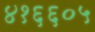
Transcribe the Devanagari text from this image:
४१६६०५